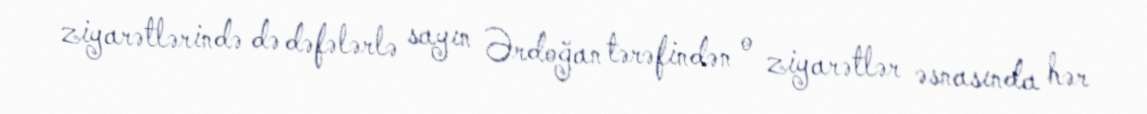
ziyarətlərində də dəfələrlə sayın Ərdoğan tərəfindən o ziyarətlər əsnasında hər